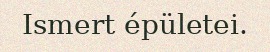
Ismert épületei.